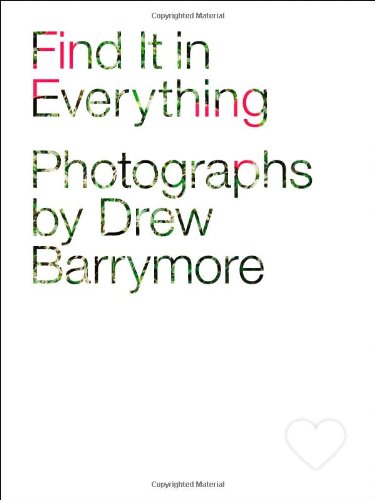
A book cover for Find It in Everything: Photographs by Drew Barrymore; Arts & Photography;